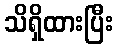
သိရှိထားပြီး